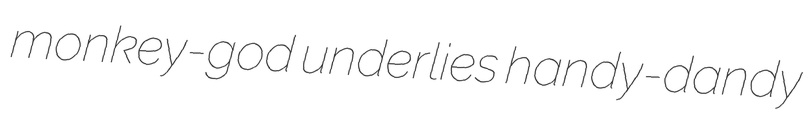
monkey-god underlies handy-dandy